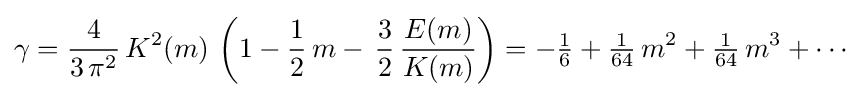
\gamma ={\frac {4}{3\,\pi ^{2}}}\,K^{2}(m)\,\left(1-{\frac {1}{2}}\,m-\,{\frac {3}{2}}\,{\frac {E(m)}{K(m)}}\right)=-{\tfrac {1}{6}}+{\tfrac {1}{64}}\,m^{2}+{\tfrac {1}{64}}\,m^{3}+\cdots